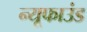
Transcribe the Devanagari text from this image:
न्यूफाउंड